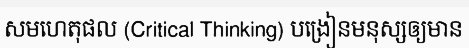
សមហេតុផល (Critical Thinking) បង្រៀនមនុស្សឲ្យមាន